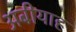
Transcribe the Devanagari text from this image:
अबीयाह